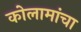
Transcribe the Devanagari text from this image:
कोलामांचा